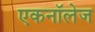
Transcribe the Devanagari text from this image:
एकनॉलेज